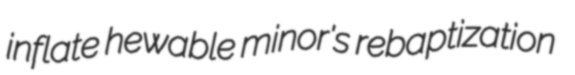
inflate hewable minor's rebaptization